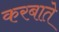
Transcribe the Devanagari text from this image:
करबाते